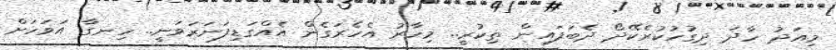
މިއަދު ހާދަ ދިގުހުކުރެކޭދޯ ދެބަފައިން ތިކުރީ.. މިހާރު އެހެރަގެން އެއްގަޑިފަނަރަވަނީ.. ހިނގާ އަވަހަށް